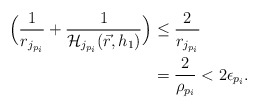
\begin{align*}\Big( \frac{1}{r_{j_{p_i}}} + \frac{1}{\mathcal{H}_{j_{p_i}}(\vec{r},h_1)} \Big) &\leq \frac{2}{r_{j_{p_i}}} \\ &= \frac{2}{\rho_{p_i}} < 2\epsilon_{p_i} . \end{align*}